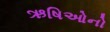
ઋષિઓનો